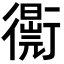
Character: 𧘁